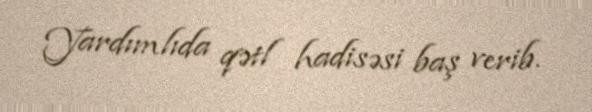
Yardımlıda qətl hadisəsi baş verib.